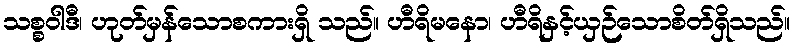
သစ္စဝါဒီ၊ ဟုတ်မှန်သောစကားရှိ သည်။ ဟီရိမနော၊ ဟီရိနှင့်ယှဉ်သောစိတ်ရှိသည်။